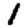
Digit: 1